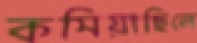
কমিয়াছিলে